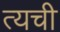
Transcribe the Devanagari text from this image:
त्यची